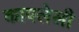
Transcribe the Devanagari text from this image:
कापलेली